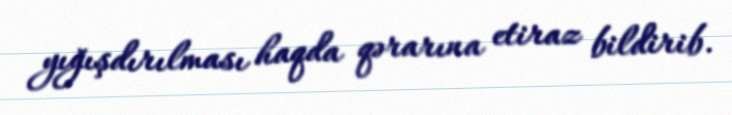
yığışdırılması haqda qərarına etiraz bildirib.